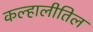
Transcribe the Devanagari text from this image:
कल्हालीतिल